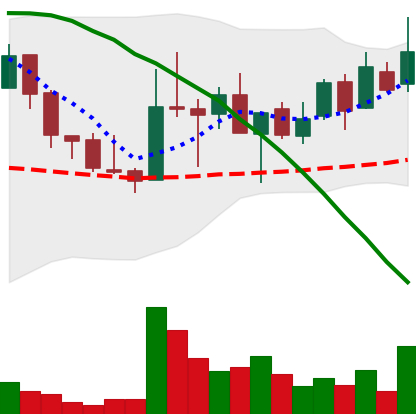
Ticker: LINK-USD
Chart end date: 2018-08-21
Forward return: 5.434%
Label: up_5_7